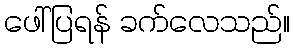
ဖေါ်ပြရန် ခက်လေသည်။